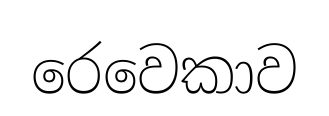
රෙවෙකාව